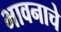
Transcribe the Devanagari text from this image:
भावनाचे